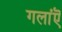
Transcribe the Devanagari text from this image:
गलांऎ